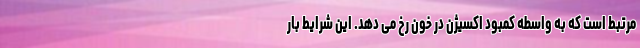
مرتبط است که به واسطه کمبود اکسیژن در خون رخ می دهد. این شرایط بار